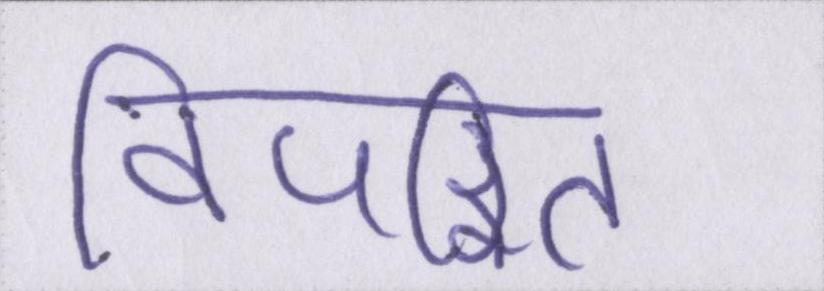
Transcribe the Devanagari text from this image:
विपरित